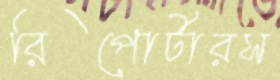
রিপোর্টারস